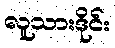
လူသားဒိုင်း